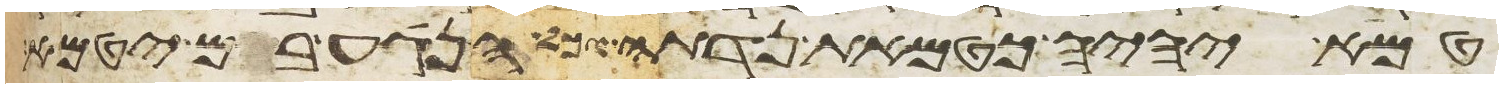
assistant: טמא יהיה כטמאת נדתה כל הנגע בם יטמא